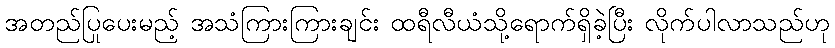
အတည်ပြုပေးမည့် အသံကြားကြားချင်း ထရီလီယံသို့ရောက်ရှိခဲ့ပြီး လိုက်ပါလာသည်ဟု